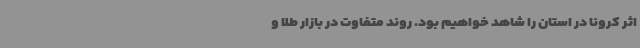
اثر کرونا در استان را شاهد خواهیم بود. روند متفاوت در بازار طلا و